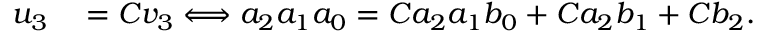
\begin{array} { r l } { u _ { 3 } } & { { } = C v _ { 3 } \Longleftrightarrow a _ { 2 } a _ { 1 } a _ { 0 } = C a _ { 2 } a _ { 1 } b _ { 0 } + C a _ { 2 } b _ { 1 } + C b _ { 2 } . } \end{array}